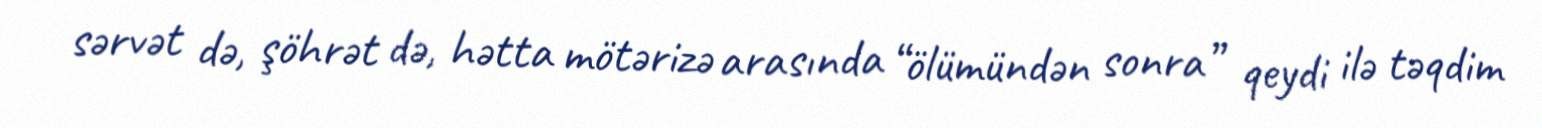
sərvət də, şöhrət də, hətta mötərizə arasında “ölümündən sonra” qeydi ilə təqdim